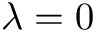
\lambda = 0